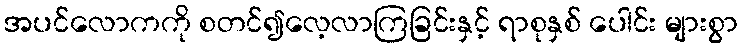
အပင်လောကကို စတင်၍လေ့လာကြခြင်းနှင့် ရာစုနှစ် ပေါင်း များစွာ